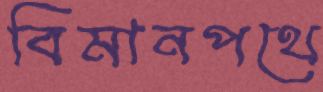
বিমানপথে